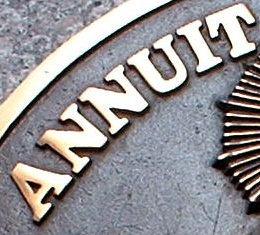
ANNUIT